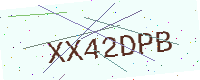
Text: XX42DPB